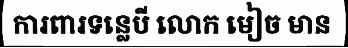
ការពារទន្លេបី លោក មៀច មាន